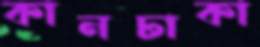
কানঢাকা